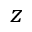
z